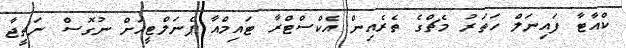
ކްއާޓާ ފައިނަލް ހަތަރު މެޗްގެ ތެރެއިން އެކްސްޓްރާ ޓައިމްއާ ޕެނަލްޓީއަށް ނުގޮސް ނަތީޖާ